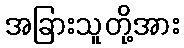
အခြားသူတို့အား